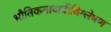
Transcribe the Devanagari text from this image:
भौतिकतावादीविश्लेषण